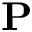
\mathbf { P }